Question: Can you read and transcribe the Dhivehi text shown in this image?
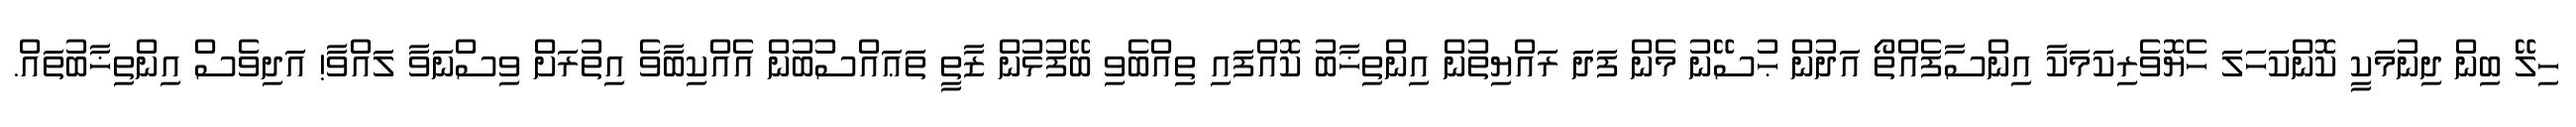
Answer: ހިލޭ ބިން ދިނުމަކީ ކޮންކަހަލަ ހެޔޮވެރިކަމަކާ އިންސާފެއްތޯ އަދުން ޙުސޭނު މެން ފަދަ ރައްޔިތުން އިންތިޚާބު ކޮއްފައި ތިއްބެވި ބޭފުޅުން ޒާތީ ތަޢައްސުބުން އެއްކިބާވެ އިތުރަށް ވިސްނަވާ ލައްވާ! އަދިވެސް އިންތިޚާބުތައް.